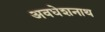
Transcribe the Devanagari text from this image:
अवधेशनाथ